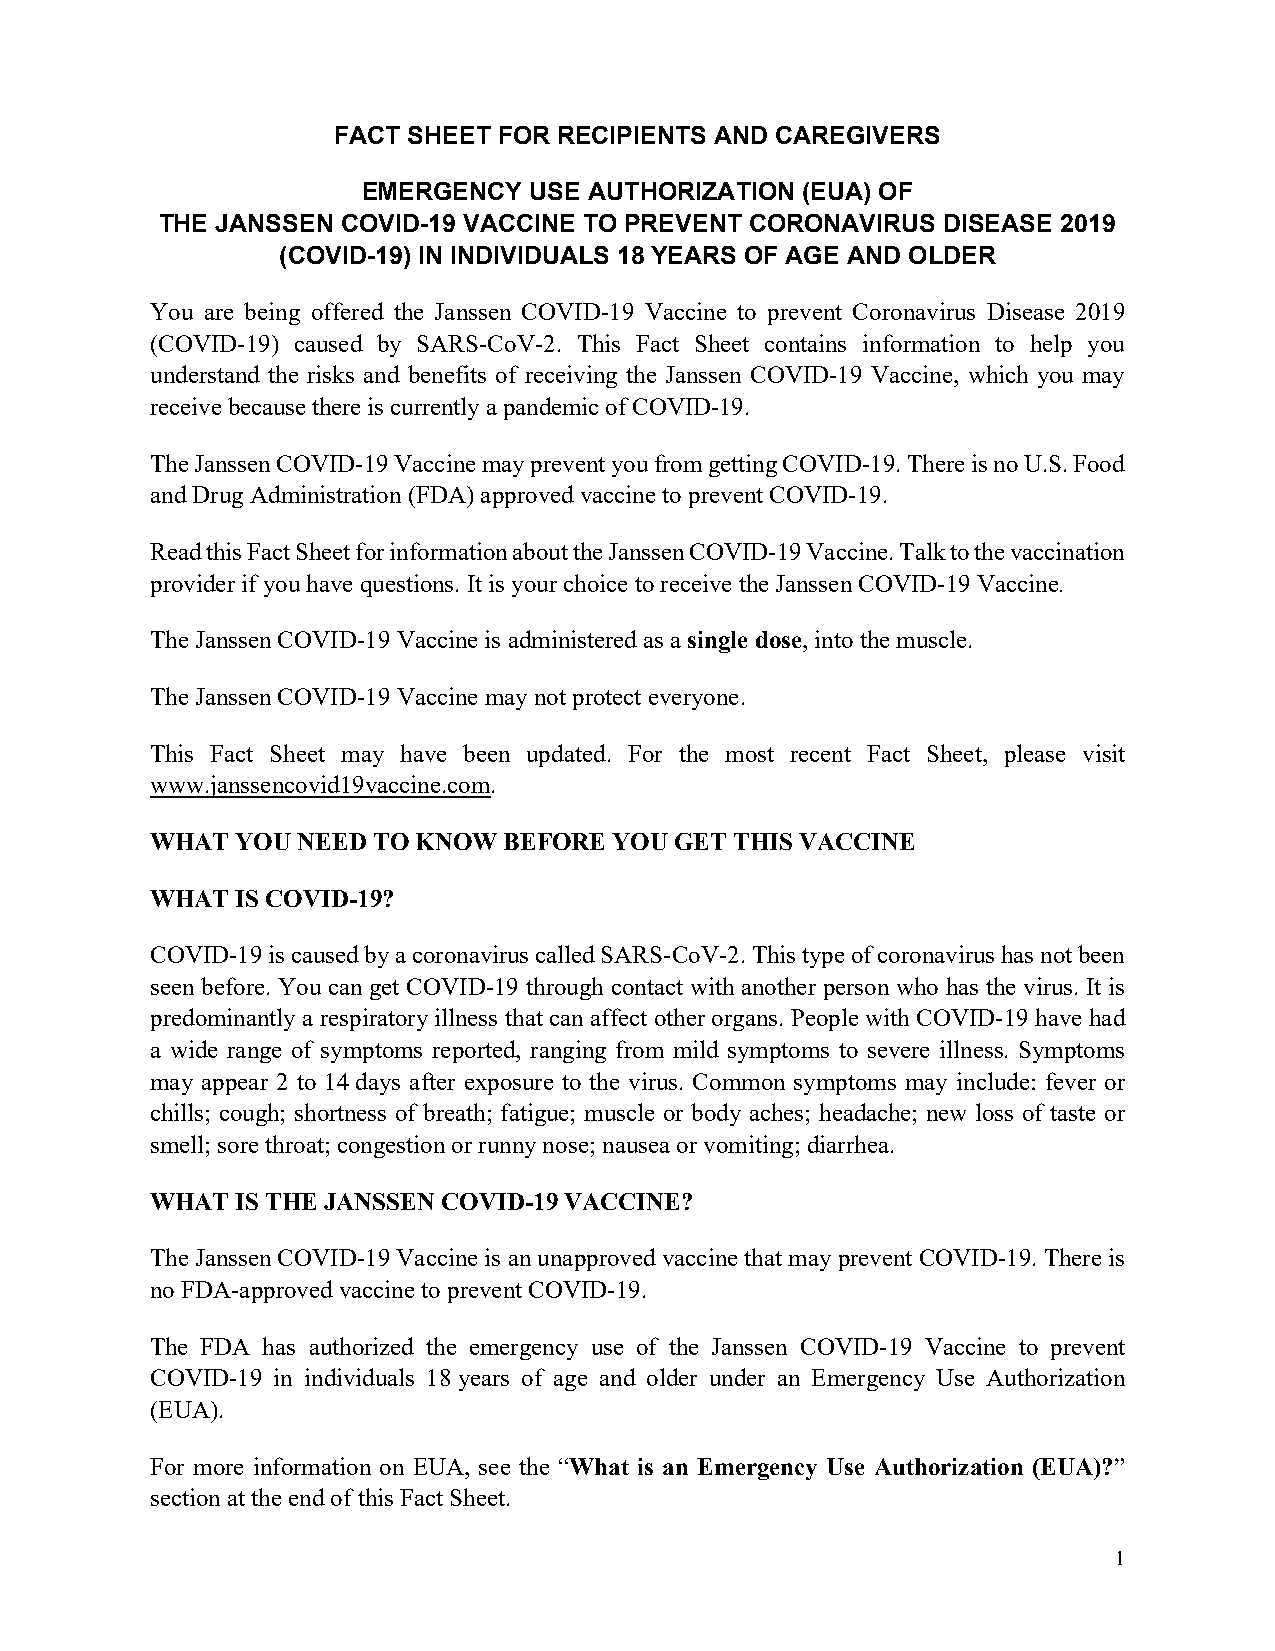
FACT SHEET FOR RECIPIENTS AND CAREGIVERS
 EMERGENCY  USE AUTHORIZATION (EUA) OF
 THE JANSSEN COVID-19 VACCINE TO PREVENT CORONAVIRUS DISEASE 2019
 (COVID-19) IN INDIVIDUALS 18 YEARS OF AGE AND OLDER
 You are being offered the Janssen COVID-19 Vaccine to prevent Coronavirus Disease 2019
 (COVID-19) caused by SARS-CoV-2. This Fact Sheet contains information to help you
 understand the risks and benefits of receiving the Janssen COVID-19 Vaccine, which you may
 receive because there is currently a pandemic of COVID-19.
 The Janssen COVID-19 Vaccine may prevent you from getting COVID-19. There is no U.S. Food
 and Drug Administration (FDA) approved vaccine to prevent COVID-19.
 Read this Fact Sheet for information about the Janssen COVID-19 Vaccine. Talk to the vaccination
 provider if you have questions. It is your choice to receive the Janssen COVID-19 Vaccine.
 The Janssen COVID-19 Vaccine is administered as a single dose, into the muscle.
 The Janssen COVID-19 Vaccine may not protect everyone.
 This Fact Sheet may have been updated. For the most recent Fact Sheet, please visit
 www.janssencovid19vaccine.com.
 WHAT  YOU NEED TO KNOW BEFORE  YOU GET THIS VACCINE
 WHAT  IS COVID-19?
 COVID-19 is caused by a coronavirus called SARS-CoV-2. This type of coronavirus has not been
 seen before. You can get COVID-19 through contact with another person who has the virus. It is
 predominantly a respiratory illness that can affect other organs. People with COVID-19 have had
 a wide range of symptoms reported, ranging from mild symptoms to severe illness. Symptoms
 may appear 2 to 14 days after exposure to the virus. Common symptoms may include: fever or
 chills; cough; shortness of breath; fatigue; muscle or body aches; headache; new loss of taste or
 smell; sore throat; congestion or runny nose; nausea or vomiting; diarrhea.
 WHAT  IS THE JANSSEN COVID-19 VACCINE?
 The Janssen COVID-19 Vaccine is an unapproved vaccine that may prevent COVID-19. There is
 no FDA-approved vaccine to prevent COVID-19.
 The FDA has authorized the emergency use of the Janssen COVID-19 Vaccine to prevent
 COVID-19 in individuals 18 years of age and older under an Emergency Use Authorization
 (EUA).
 For more information on EUA, see the “What is an Emergency Use Authorization (EUA)?”
 section at the end of this Fact Sheet.
 1